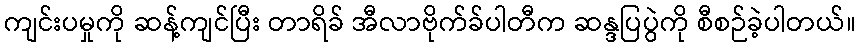
ကျင်းပမှုကို ဆန့်ကျင်ပြီး တာရိခ် အီလာဗိုက်ခ်ပါတီက ဆန္ဒပြပွဲကို စီစဉ်ခဲ့ပါတယ်။